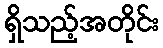
ရှိသည့်အတိုင်း